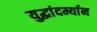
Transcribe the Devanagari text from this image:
युद्धांदर्म्यान